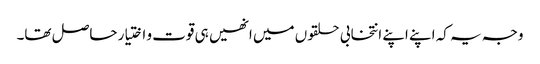
وجہ یہ کہ اپنے اپنے انتخابی حلقوں میں انھیں ہی قوت و اختیار حاصل تھا۔